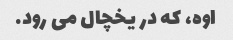
اوه، که در یخچال می رود.